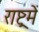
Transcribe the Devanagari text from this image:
राष्ट्रमें